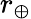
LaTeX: r_{\oplus}